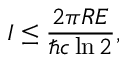
I \leq { \frac { 2 \pi R E } { \hbar c \ln 2 } } ,